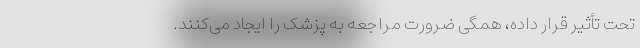
تحت تأثیر قرار داده، همگی ضرورت مراجعه به پزشک را ایجاد می‌کنند.